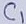
Text: C1